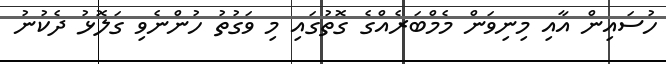
ހުސައިން އާއި މިނިވަން މެމްބަރެއްގެ ގޮތުގައި މި ވަގުތު ހުންނެވި ގަލޮޅު ދެކުނު